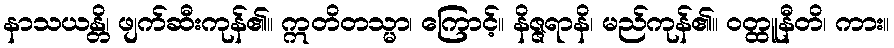
နာသယန္တိ၊ ဖျက်ဆီးကုန်၏။ ဣတိတသ္မာ၊ ကြောင့်။ နိဇ္ဇရာနိ၊ မည်ကုန်၏။ ဝတ္ထူနီတိ၊ ကား။